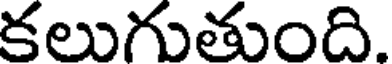
కలుగుతుంది.